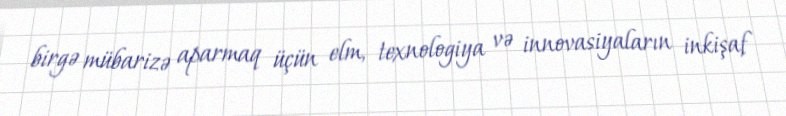
birgə mübarizə aparmaq üçün elm, texnologiya və innovasiyaların inkişaf